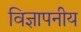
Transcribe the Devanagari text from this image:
विज्ञापनीय